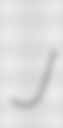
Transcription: J